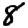
Digit: 8